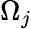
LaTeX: \Omega_{j}